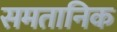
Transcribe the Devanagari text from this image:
समतानिक